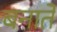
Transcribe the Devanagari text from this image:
बनातें